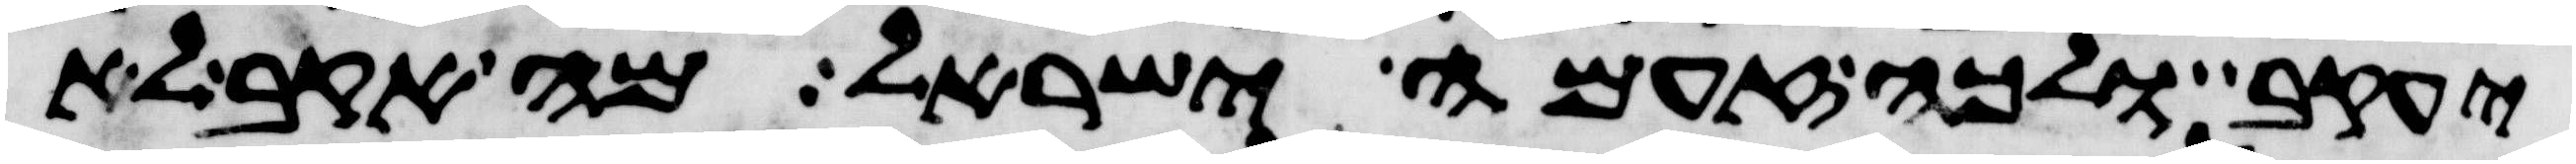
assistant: יעקב ולכה זעמה ישראל מה אקב לא